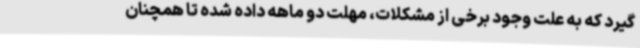
گیرد که به علت وجود برخی از مشکلات، مهلت دو ماهه داده شده تا همچنان